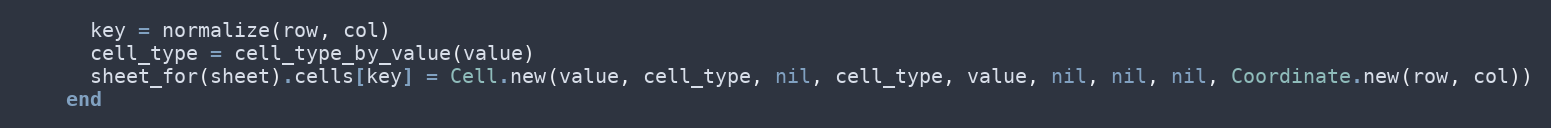
Language: Ruby
      key = normalize(row, col)
      cell_type = cell_type_by_value(value)
      sheet_for(sheet).cells[key] = Cell.new(value, cell_type, nil, cell_type, value, nil, nil, nil, Coordinate.new(row, col))
    end